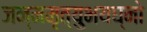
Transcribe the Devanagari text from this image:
जन्ममृत्युभयघ्नो